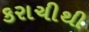
કરાચીથી